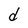
Character: d